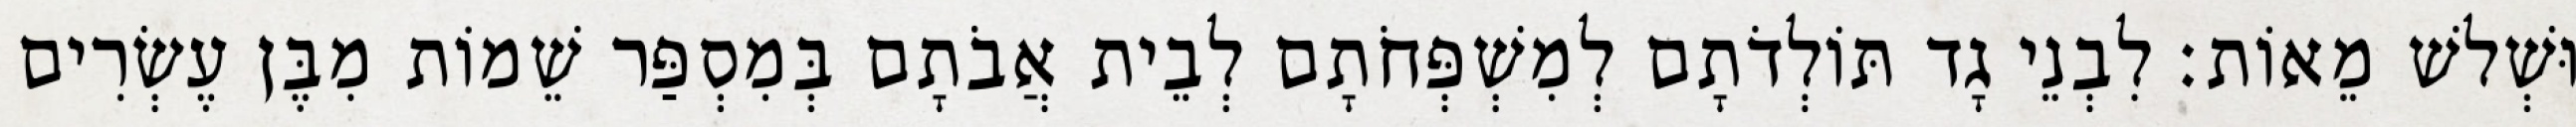
וּשְׁלשׁ מֵאוֹת׃ לִבְנֵי גָד תּוֹלְדֹתָם לְמִשְׁפְּחֹתָם לְבֵית אֲבֹתָם בְּמִסְפַּר שֵׁמוֹת מִבֶּן עֶשְׂרִים